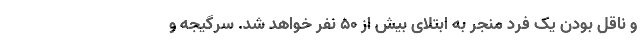
و ناقل بودن یک فرد منجر به ابتلای بیش از ۵۰ نفر خواهد شد. سرگیجه و